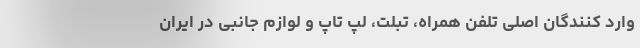
وارد کنندگان اصلی تلفن همراه، تبلت، لپ تاپ و لوازم جانبی در ایران